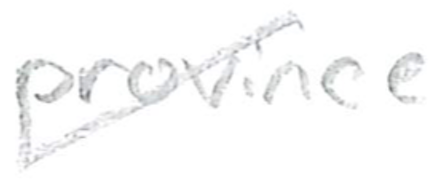
Text: province
Cross-out: diagonal
Writing tool: pencil